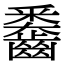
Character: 𪙖